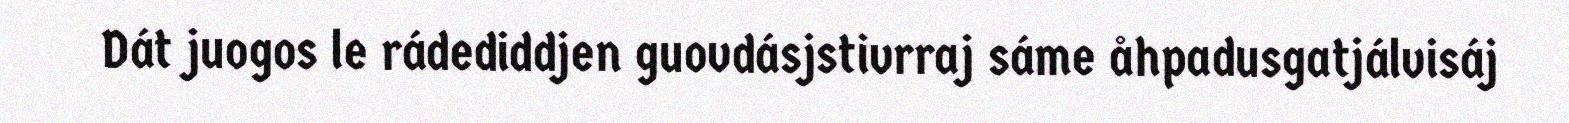
Dát juogos le rádediddjen guovdásjstivrraj sáme åhpadusgatjálvisáj